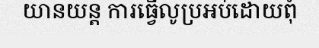
យានយន្ត ការធ្វើលូប្រអប់ដោយពុំ